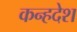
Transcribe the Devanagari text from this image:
कन्हदेश